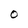
Character: O